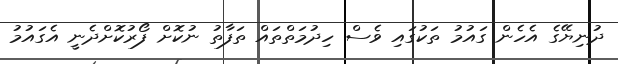
ދުނިޔޭގެ އެހެން ގައުމު ތަކުގައި ވެސް ހިދުމަތްތައް ތަފާތު ނުކޮށް ފޯރުކޮށްދެނީ އެގައުމު